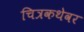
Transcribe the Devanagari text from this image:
चित्रकथेवर